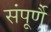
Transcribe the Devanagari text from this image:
संपूर्णै